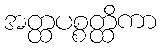
အတ္ထပစ္စတ္ထိကာ